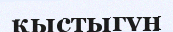
қыстыгүн